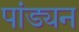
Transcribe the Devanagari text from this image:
पांड्यन